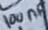
Text: 100nF